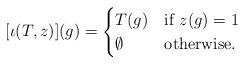
LaTeX: \begin{align*} [\iota(T,z)](g) = \begin{cases} T(g)&\mbox{if }z(g)=1\\ \emptyset&\mbox{otherwise}. \end{cases} \end{align*}